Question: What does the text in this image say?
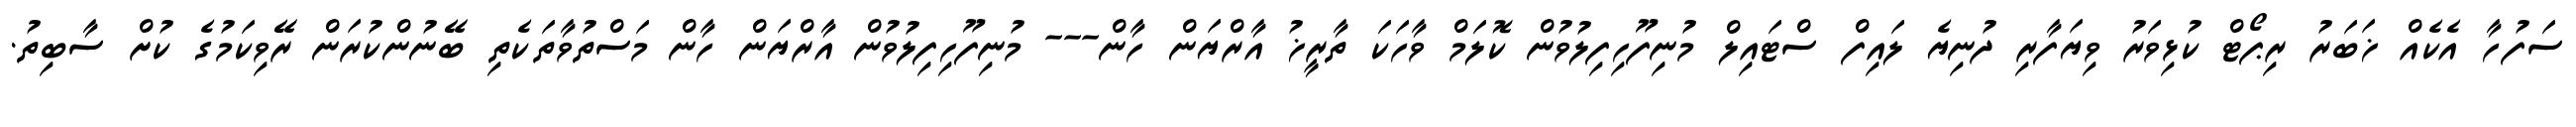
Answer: ސަފުހާ އެކެއް ޚަބަރު ރިޕޯޓް ކުޅިވަރު ވިޔަފާރި ދުނިޔެ ލައިފް ސްޓައިލް މުނިފޫހިފިލުވުން ކޮލަމް ވާހަކަ ތާރީޚު އާރްޔަން ހާން--- މުނިފޫހިފިލުވުން އާރްޔަން ހާން މަސްތުވާތަކެތި ބޭނުންކުރަން ރޭވިކަމުގެ ކުށް ސާބިތު.